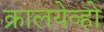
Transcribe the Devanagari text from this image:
क्रालयेव्हो